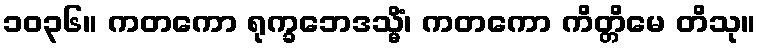
၁၀၃၆။ ကတကော ရုက္ခဘေဒသ္မိံ၊ ကတကော ကိတ္တိမေ တိသု။